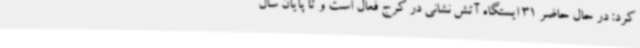
کرد: در حال حاضر 31 ایستگاه آتش نشانی در کرج فعال است و تا پایان سال